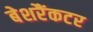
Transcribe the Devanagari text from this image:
बेशरैंकटर